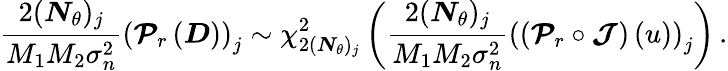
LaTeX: \frac{2(\boldsymbol{N}_{\theta})_{j}}{M_{1}M_{2}\sigma_{n}^{2}}\left(\boldsymbol{\mathcal{P}}_{r}\left(\boldsymbol{D}\right)\right)_{j}\sim\chi_{2(\boldsymbol{N}_{\theta})_{j}}^{2}\left(\frac{2(\boldsymbol{N}_{\theta})_{j}}{M_{1}M_{2}\sigma_{n}^{2}}\left(\left(\boldsymbol{\mathcal{P}}_{r}\circ\boldsymbol{\mathcal{J}}\right)\left(u\right)\right)_{j}\right)\, .